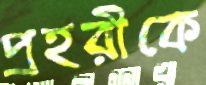
প্রহরীকে